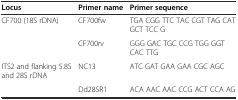
| Locus | Primer name | Primer sequence |
 | --- | --- | --- |
 | CF700 (18S rDNA) | CF700fw | TGA CGG TTC TAC CGT TAG CAT GCT TCC G |
 |  | CF700rv | GGG GAC TGC CCG TGG GGT CAC TTG |
 | ITS2 and flanking 5.8S and 28S rDNA | NC13 | ATC GAT GAA GAA CGC AGC |
 |  | Dd28SR1 | ACA AAC AAC CCG ACT CCA AG |